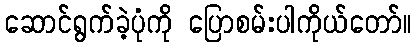
ဆောင်ရွက်ခဲ့ပုံကို ပြောစမ်းပါကိုယ်တော်။